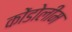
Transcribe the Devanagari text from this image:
कोंडोलीम